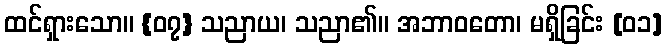
ထင်ရှားသော။ {၀၇} သညာယ၊ သညာ၏။ အဘာဝတော၊ မရှိခြင်း [၀၁]